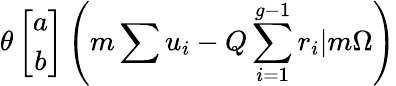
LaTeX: \theta\left[\begin{array}{c}{{a}}\\ {{b}}\end{array}\right]\left(m\sum u_{i}-Q\sum_{i=1}^{g-1}r_{i}|m\Omega\right)